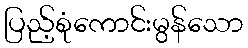
ပြည့်စုံကောင်းမွန်သော